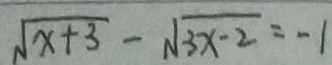
\sqrt { x + 3 } - \sqrt { 3 x - 2 } = - 1